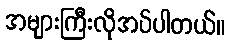
အများကြီးလိုအပ်ပါတယ်။